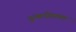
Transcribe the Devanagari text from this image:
इत्यादीबाबत